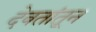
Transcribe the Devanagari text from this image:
देवतांतून